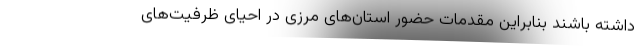
داشته باشند بنابراین مقدمات حضور استان‌های مرزی در احیای ظرفیت‌های